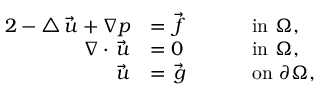
\begin{array} { r l r l } { { 2 } - \triangle \vec { \, u } + \nabla p } & { = \vec { \, f } } & { \quad } & { \mathrm { ~ i n ~ } \Omega , } \\ { \nabla \cdot \vec { \, u } } & { = 0 } & { \quad } & { \mathrm { ~ i n ~ } \Omega , } \\ { \vec { \, u } } & { = \vec { \, g } } & { \quad } & { \mathrm { ~ o n ~ } \partial \Omega , } \end{array}